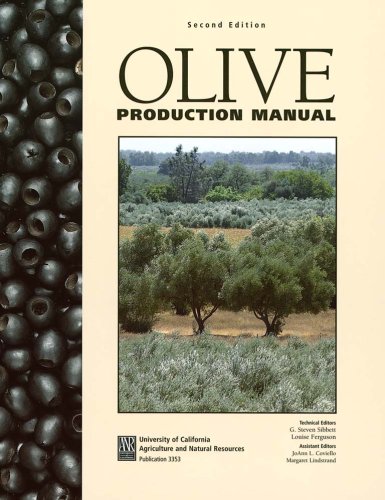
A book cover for Olive Production Manual; G. Steven Sibbett; Business & Money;